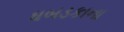
ધબડકાના